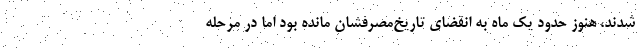
شدند، هنوز حدود یک ماه به انقضای تاریخ‌مصرفشان مانده بود اما در مرحله